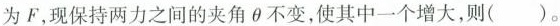
为F，现保持两力之间的夹角\theta 不变，使其中一个增大，则()。